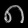
Digit: ၈